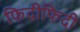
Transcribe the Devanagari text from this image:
फिदीफिदी